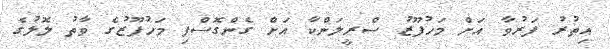
އިތުރު ފަރުވާ އަށް މަހުފޫޒު ސްރީލަންކާ އަށް ގެންގޮސްފި މަހުފޫޒުގެ ވާތު ލޮލުގެ